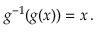
g ^ { - 1 } ( g ( x ) ) = x \, .